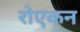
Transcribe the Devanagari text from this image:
रोएकन